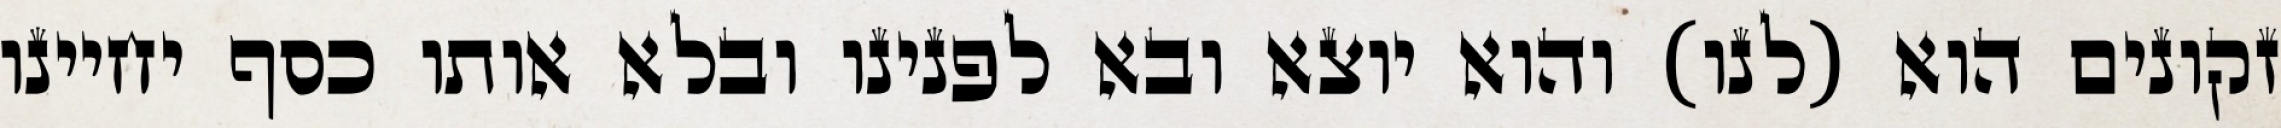
זקונים הוא (לנו) והוא יוצא ובא לפנינו ובלא אותו כסף יחיינו